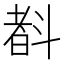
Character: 𣂃